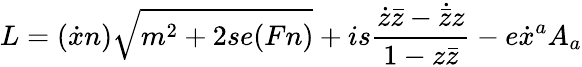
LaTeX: L=(\dot{x}n)\sqrt{m^{2}+2se(Fn)}+is\frac{\dot{z}\bar{z}-\dot{\bar{z}}z}{1-z\bar{z}}-e\dot{x}^{a}A_{a}